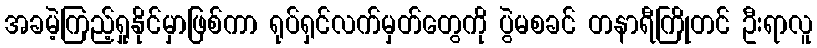
အခမဲ့ကြည့်ရှုနိုင်မှာဖြစ်ကာ ရုပ်ရှင်လက်မှတ်တွေကို ပွဲမစခင် တနာရီကြိုတင် ဦးရာလူ